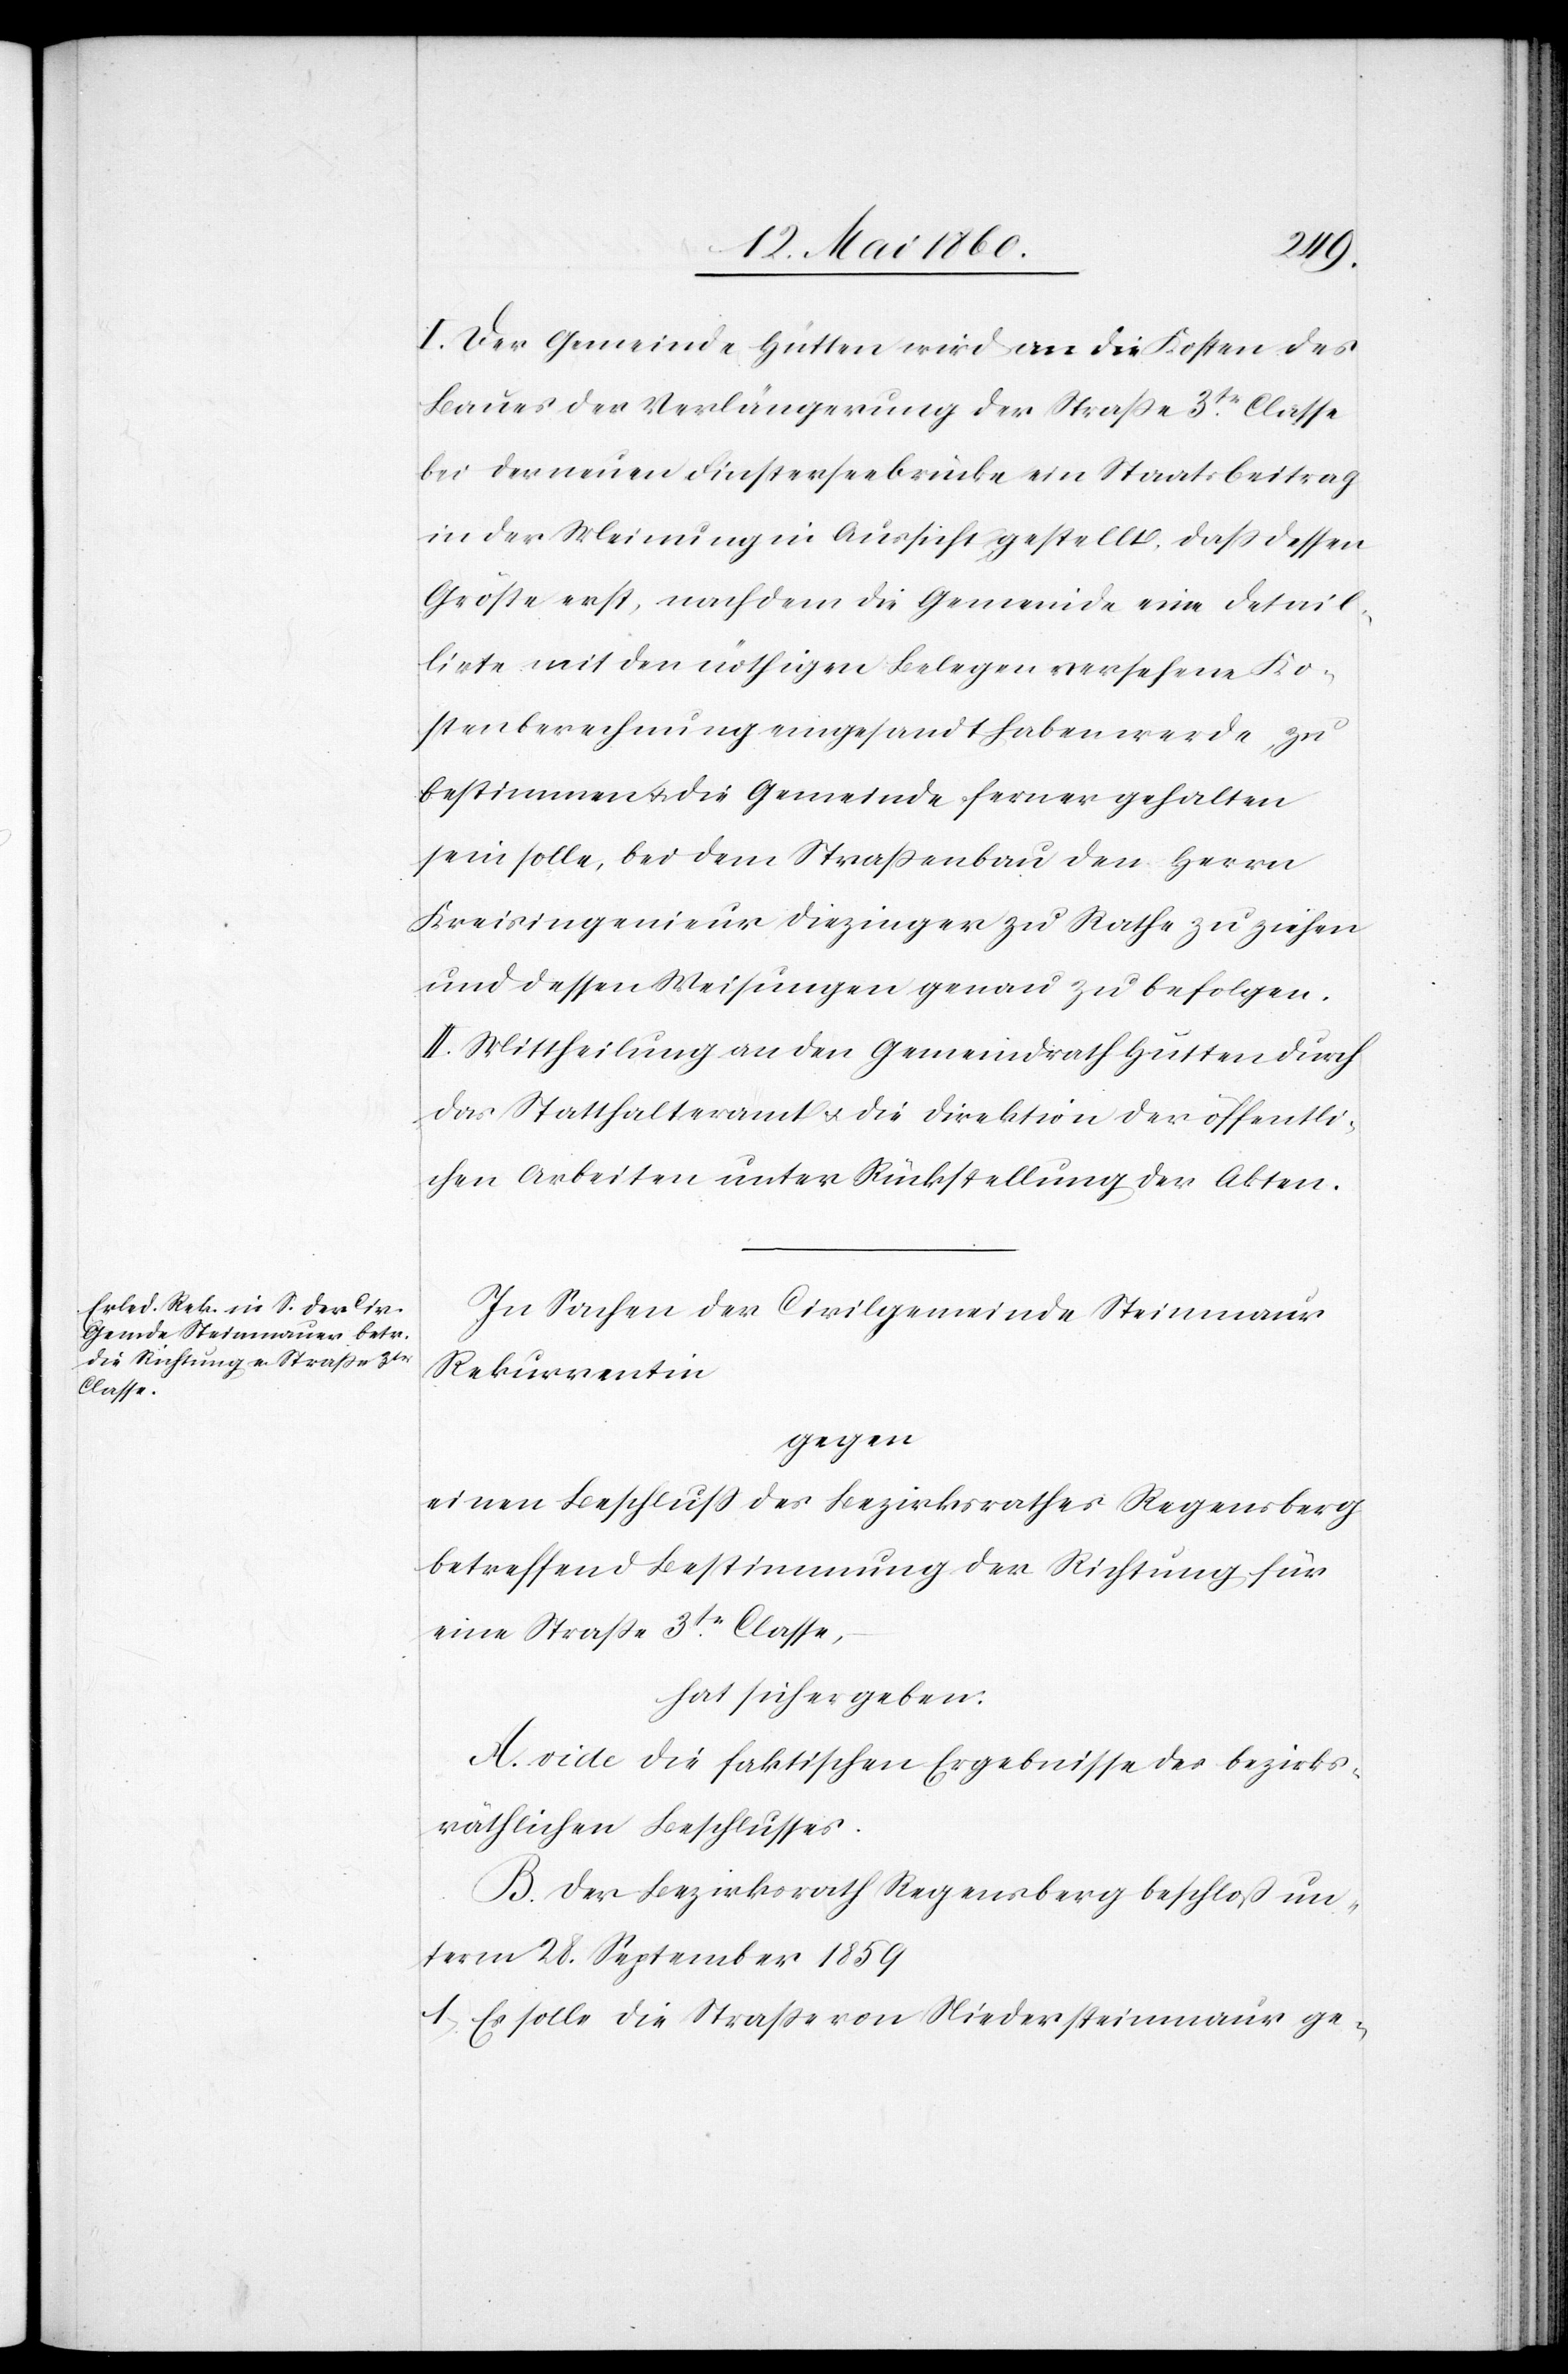
I. Der Gemeinde Hütten wird an die Kosten des
Baues der Verlängerung der Strasse 3tr Classe
bei der neuen Finsterseebrücke ein Staatsbeitrag
in der Meinung in Aussicht gestellt, dass dessen
Grösse erst, nachdem die Gemeinde eine detail¬
lirte mit den nöthigen Belegen versehene Ko¬
stenberechnung eingesandt haben werde, zu
bestimmen u. die Gemeinde ferner gehalten
sein solle, bei dem Strassenbau den Herrn
Kreisingenieur Diezinger zu Rathe zu ziehen
und dessen Weisungen genau zu befolgen.
II. Mittheilung an den Gemeindrath Hütten durch
das Statthalteramt u. die Direktion der öffentli¬
chen Arbeiten unter Rückstellung der Akten.
In Sachen der Civilgemeinde Steinmaur
Rekurrentin
gegen
einen Beschluss des Bezirksrathes Regensberg
betreffend Bestimmung der Richtung für
eine Strasse 3tr Classe,
hat sich ergeben:
A. vide die faktischen Ergebnisse des bezirks¬
räthlichen Beschlusses.
B. Der Bezirksrath Regensberg beschloss un¬
term 28. September 1859
1) Es solle die Strasse von Niedersteinmaur ge-